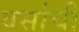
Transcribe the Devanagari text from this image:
वर्साची